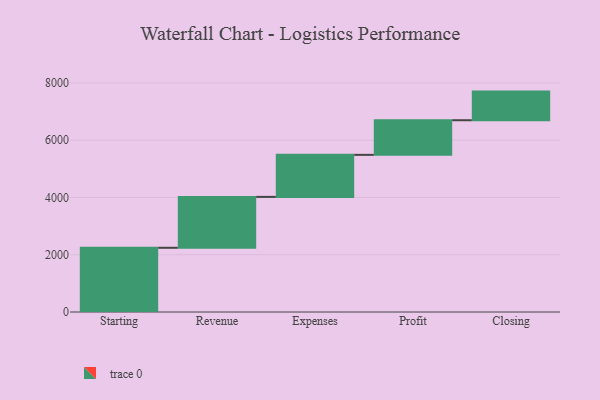
{"axis": {"x": "Step", "y": "Value"}, "legend": [""], "data": [{"x": "Starting", "y": 2243.0, "type": ""}, {"x": "Revenue", "y": 1778.0, "type": ""}, {"x": "Expenses", "y": 1468.0, "type": ""}, {"x": "Profit", "y": 1209.0, "type": ""}, {"x": "Closing", "y": 1000, "type": ""}]}